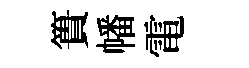
簣幡電